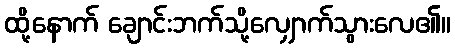
ထို့နောက် ချောင်းဘက်သို့လျှောက်သွားလေ၏။